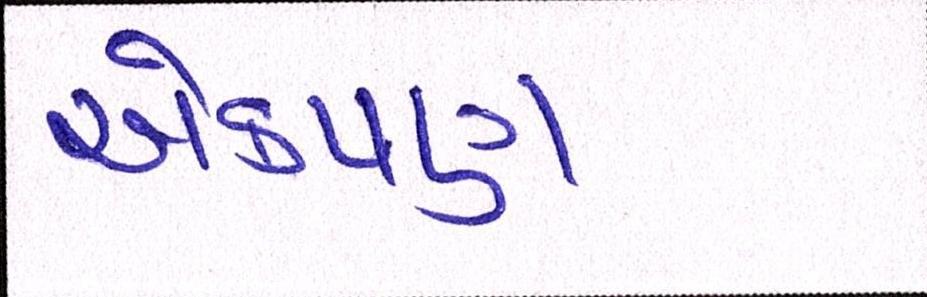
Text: એકપણ